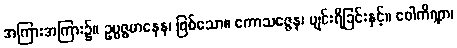
အကြားအကြား၌။ ဥပ္ပဇ္ဇမာနေန၊ ဖြစ်သော။ ကောသဇ္ဇေန၊ ပျင်းရိခြင်းနှင့်။ ဝေါကိဏ္ဏာ၊